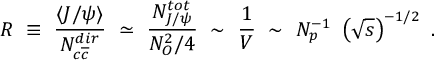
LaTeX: R ~ \equiv ~ \frac { \langle J / \psi \rangle } { N _ { c \overline { { { c } } } } ^ { d i r } } ~ \simeq ~ \frac { N _ { J / \psi } ^ { t o t } } { N _ { O } ^ { 2 } / 4 } ~ \sim ~ \frac { 1 } { V } ~ \sim ~ N _ { p } ^ { - 1 } ~ \left( \sqrt { s } \right) ^ { - 1 / 2 } ~ .